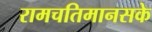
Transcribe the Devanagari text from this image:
रामचतिमानसके